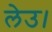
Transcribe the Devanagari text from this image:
लेउ।